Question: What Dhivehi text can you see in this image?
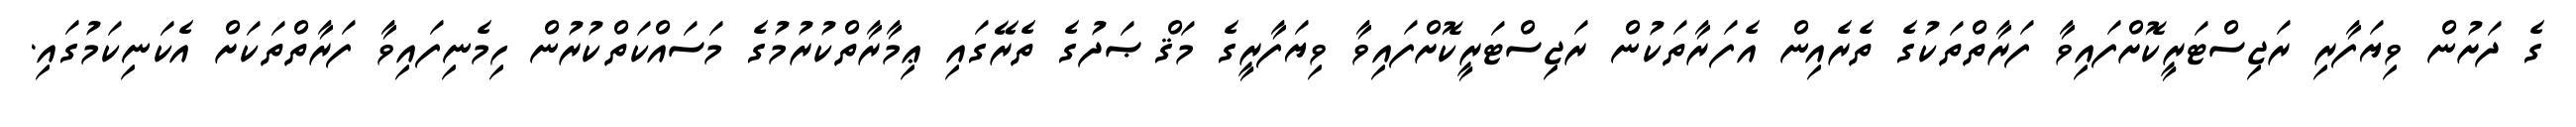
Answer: ގެ ދަށުން ވިޔަފާރި ރަޖިސްޓަރީކޮށްފައިވާ ފަރާތްތަކުގެ ތެރެއިން އެފަރާތަކުން ރަޖިސްޓަރީކޮށްފައިވާ ވިޔަފާރީގެ މަޤްޞަދުގެ ތެރޭގައި ޢިމާރާތްކުރުމުގެ މަސައްކަތްކުރުން ހިމެނިފައިވާ ފަރާތްތަކަށް އެކަނިކަމުގައި.